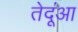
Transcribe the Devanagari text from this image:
तेदूंआ